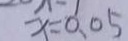
x = 0 . 0 5